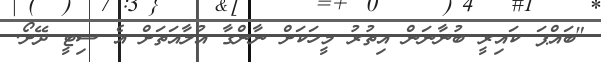
"ބައްޕަ ކައިރީ ބުނާނަން އިތުރު މީހަކަށް ނާންގާ އުލާއަތަށް އެ ސިޓީ ދޭށޯ.